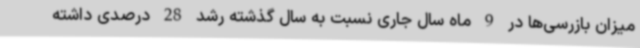
میزان بازرسی‌ها در 9 ماه سال جاری نسبت به سال گذشته رشد 28 درصدی داشته